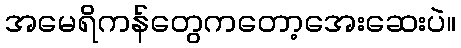
အမေရိကန်တွေကတော့အေးဆေးပဲ။